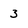
Character: 3